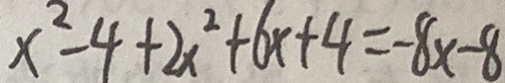
x ^ { 2 } - 4 + 2 x ^ { 2 } + 6 x + 4 = - 8 x - 8